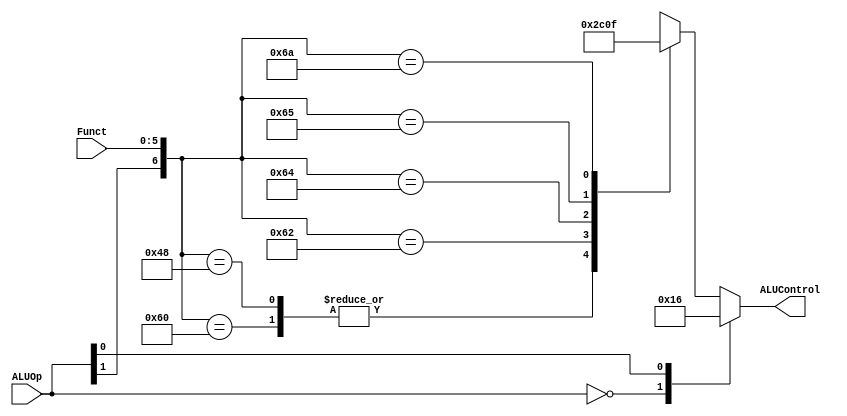
// Code your design here
module ALUDecoder(input[1:0]ALUOp,input [5:0]Funct,  output reg[2:0] ALUControl);
  always @(*)
    begin
      casex({ALUOp,Funct })
          
        {2'b00,6'bxxxxxx}: begin
           ALUControl=3'b010; //add
          end
          
        {2'bx1,6'bxxxxxx}: begin
            ALUControl=3'b110; //subtract
          end
          //add
        {2'b1x,6'b100000}: begin
            ALUControl=3'b010; //add
          end
        //addi
        {2'b1x,6'b001000}: begin
            ALUControl=3'b010; //addi
          end
          //sub
        {2'b1x,6'b100010}: begin
            ALUControl=3'b110; //sub
          end
        //and
        {2'b1x,6'b100100}: begin
            ALUControl=3'b000; //and
          end
        //or
        {2'b1x,6'b100101}: begin
            ALUControl=3'b001; //or
          end
         //slt
        {2'b1x,6'b101010}: begin
            ALUControl=3'b111; //slt = set less than
          end
        
        /////nu stiu daca e bun l am pus aici pt test
        default: begin
          ALUControl=3'bxxx;
        end
          
          
    	endcase
    end
endmodule